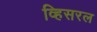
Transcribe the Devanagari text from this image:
व्हिसरल